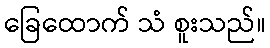
ခြေထောက် သံ စူးသည်။